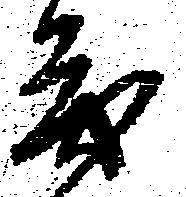
も